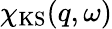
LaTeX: \chi_{\mathrm{KS}}(q,\omega)